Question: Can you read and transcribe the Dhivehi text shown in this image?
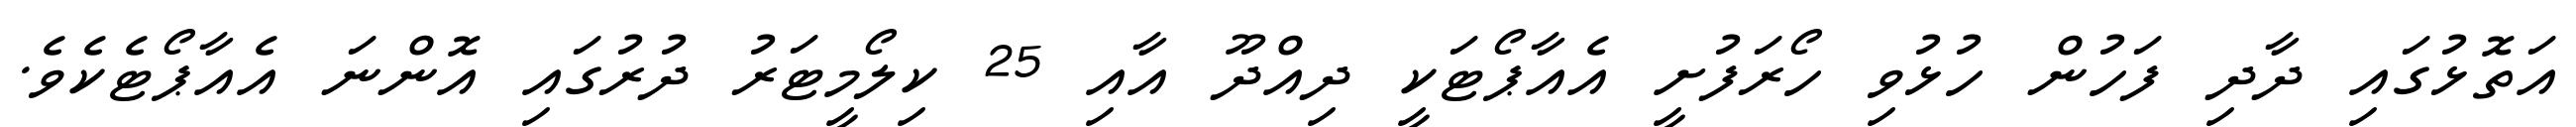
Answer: އަތޮޅުގައި ދާދި ފަހުން ހުޅުވި ހޯރަފުށީ އެއާޕޯޓަކީ ދިއްދޫ އާއި 25 ކިލޯމީޓަރު ދުރުގައި އޮންނަ އެއާޕޯޓެކެވެ.